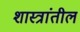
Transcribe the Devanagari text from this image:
शास्त्रांतील